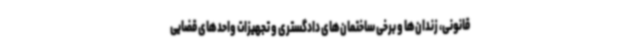
قانونی، زندان‌ها و برخی ساختمان‌های دادگستری و تجهیزات واحدهای قضایی